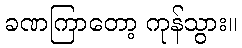
ခဏကြာတော့ ကုန်သွား။